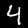
Digit: 4